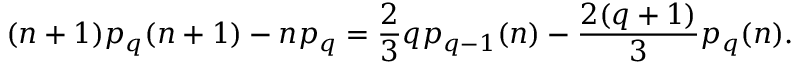
( n + 1 ) p _ { q } ( n + 1 ) - n p _ { q } = \frac { 2 } { 3 } q p _ { q - 1 } ( n ) - \frac { 2 ( q + 1 ) } { 3 } p _ { q } ( n ) .